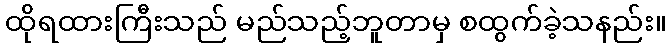
ထိုရထားကြီးသည် မည်သည့်ဘူတာမှ စထွက်ခဲ့သနည်း။